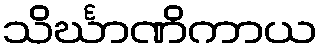
သိင်္ဃာဏိကာယ